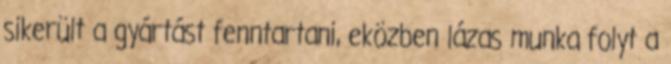
sikerült a gyártást fenntartani, eközben lázas munka folyt a